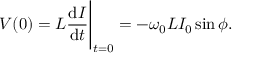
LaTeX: V ( 0 ) = L { \frac { \mathrm { d } I } { \mathrm { d } t } } { \Bigg | } _ { t = 0 } = - \omega _ { 0 } L I _ { 0 } \sin \phi .